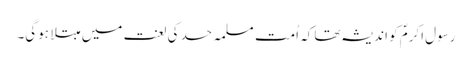
رسول اکرمؐ کو اندیشہ تھا کہ اُمت مسلمہ حسد کی لعنت میں مبتلا ہوگی۔